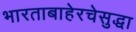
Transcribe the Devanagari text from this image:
भारताबाहेरचेसुद्धा